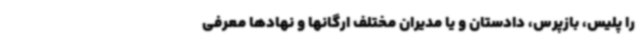
را پلیس، بازپرس، دادستان و یا مدیران مختلف ارگانها و نهادها معرفی